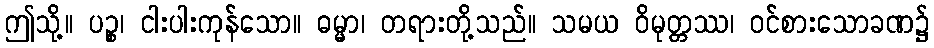
ဤသို့။ ပဉ္စ၊ ငါးပါးကုန်သော။ ဓမ္မာ၊ တရားတို့သည်။ သမယ ဝိမုတ္တဿ၊ ဝင်စားသောခဏ၌